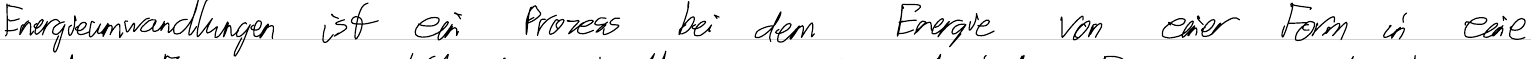
Energieumwandlungen ist ein Prozess bei dem Energie von einer Form im eine